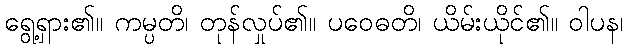
ရွေ့ရှား၏။ ကမ္ပတိ၊ တုန်လှုပ်၏။ ပဝေဓတိ၊ ယိမ်းယိုင်၏။ ဝါပန၊